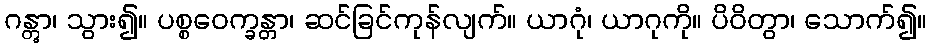
ဂန္တွာ၊ သွား၍။ ပစ္စဝေက္ခန္တာ၊ ဆင်ခြင်ကုန်လျက်။ ယာဂုံ၊ ယာဂုကို။ ပိဝိတွာ၊ သောက်၍။